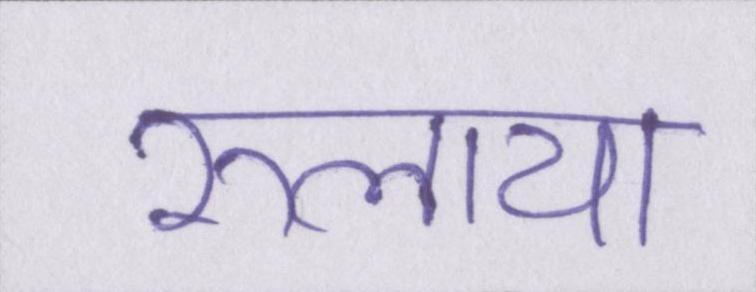
रुलाया